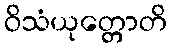
ဝိသံယုတ္တောတိ